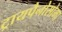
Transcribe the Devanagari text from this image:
ट्रायपैनोसोमा